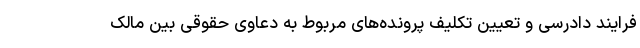
فرایند دادرسی و تعیین تکلیف پرونده‌های مربوط به دعاوی حقوقی بین مالک